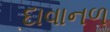
દાવાનળ